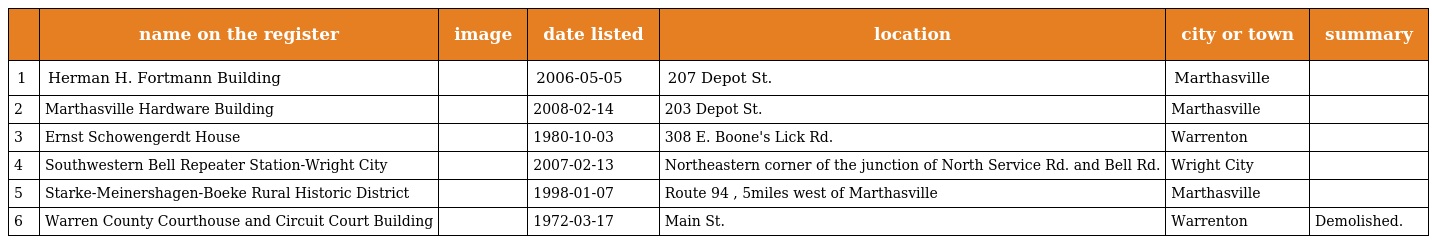
|  | name on the register | image | date listed | location | city or town | summary |
 | --- | --- | --- | --- | --- | --- | --- |
 | 1 | Herman H. Fortmann Building |  | 2006-05-05 | 207 Depot St. | Marthasville |  |
 | 2 | Marthasville Hardware Building |  | 2008-02-14 | 203 Depot St. | Marthasville |  |
 | 3 | Ernst Schowengerdt House |  | 1980-10-03 | 308 E. Boone's Lick Rd. | Warrenton |  |
 | 4 | Southwestern Bell Repeater Station-Wright City |  | 2007-02-13 | Northeastern corner of the junction of North Service Rd. and Bell Rd. | Wright City |  |
 | 5 | Starke-Meinershagen-Boeke Rural Historic District |  | 1998-01-07 | Route 94 , 5miles west of Marthasville | Marthasville |  |
 | 6 | Warren County Courthouse and Circuit Court Building |  | 1972-03-17 | Main St. | Warrenton | Demolished. |